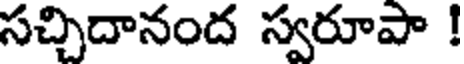
సచ్చిదానంద స్వరూపా !